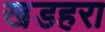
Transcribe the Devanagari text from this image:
खडहरा